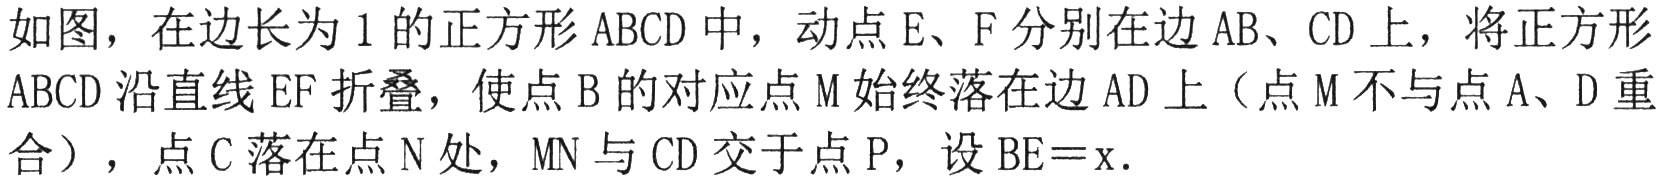
如图，在边长为\(1\)的正方形\(ABCD\)中，动点\(E、F\)分别在边\(AB、CD\)上，将正方形\(ABCD\)沿直线\(EF\)折叠，使点\(B\)的对应点\(M\)始终落在边\(AD\)上（点\(M\)不与点\(A、D\)重合），点\(C\)落在点\(N\)处，\(MN\)与\(CD\)交于点\(P\)，设\(BE = x\)．